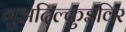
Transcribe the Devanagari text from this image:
गुअदिल्क़ुइविर